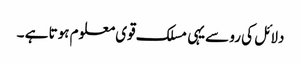
دلائل کی رو سےیہی مسلک قوی معلوم ہوتا ہے ۔